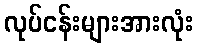
လုပ်ငန်းများအားလုံး